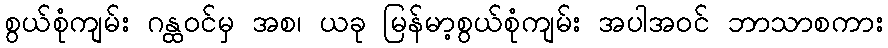
စွယ်စုံကျမ်း ဂန္ထဝင်မှ အစ၊ ယခု မြန်မာ့စွယ်စုံကျမ်း အပါအဝင် ဘာသာစကား